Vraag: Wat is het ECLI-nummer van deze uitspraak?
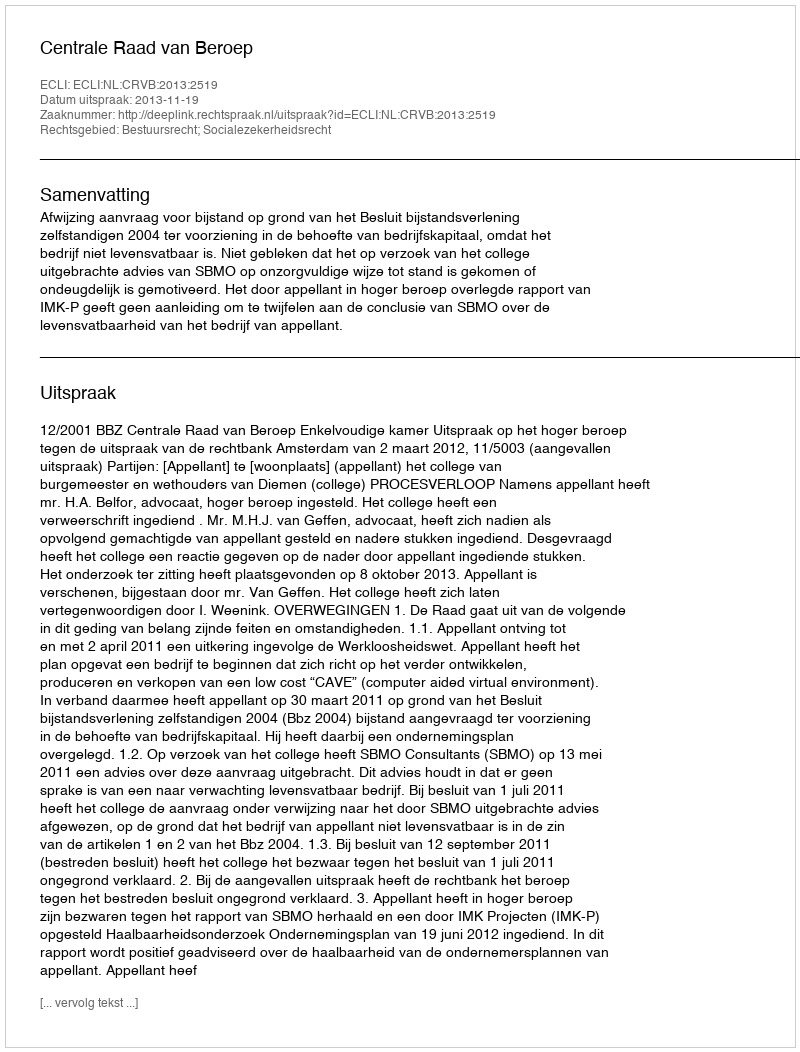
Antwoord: ECLI:NL:CRVB:2013:2519